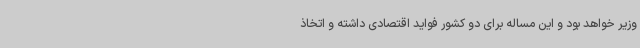
وزیر خواهد بود و این مساله برای دو کشور فواید اقتصادی داشته و اتخاذ